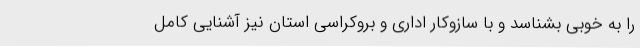
را به خوبی بشناسد و با سازوکار اداری و بروکراسی استان نیز آشنایی کامل